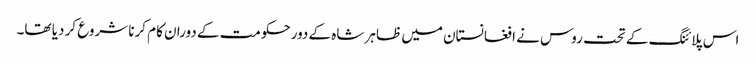
اس پلائنگ کے تحت روس نے ا فغانستان میں ظاہر شاہ کے دورحکومت کے دوران کام کرنا شروع کر دیا تھا۔